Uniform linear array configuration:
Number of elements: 16
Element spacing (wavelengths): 0.75
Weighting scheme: cosine
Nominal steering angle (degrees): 30
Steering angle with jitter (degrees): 29.454
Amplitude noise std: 0.05
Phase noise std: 0.05

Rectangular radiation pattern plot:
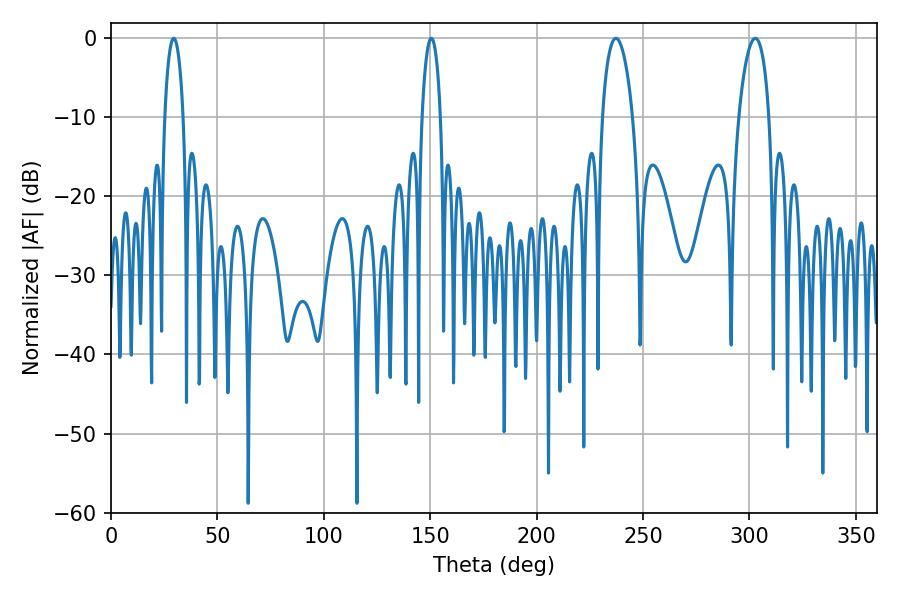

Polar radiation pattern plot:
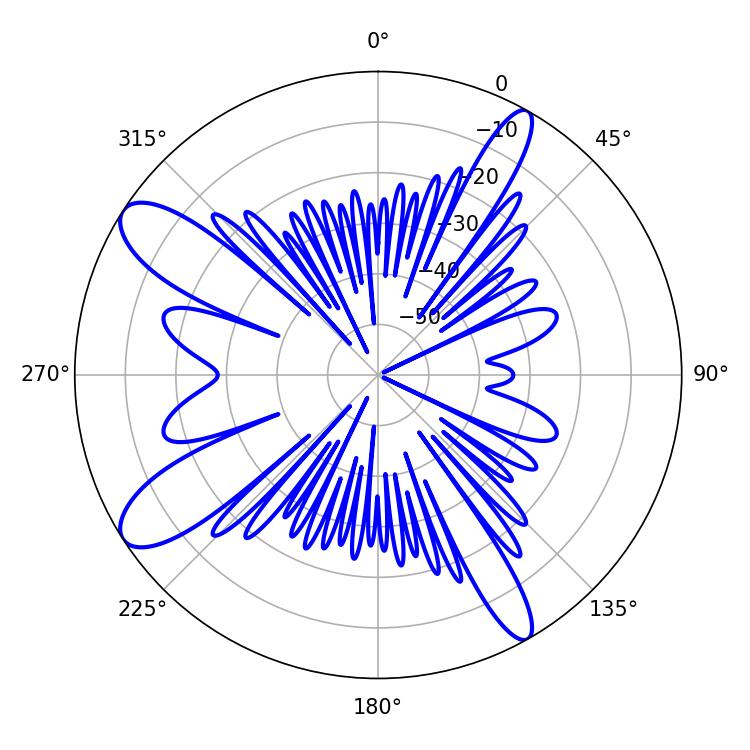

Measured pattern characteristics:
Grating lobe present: TRUE
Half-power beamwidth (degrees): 8.1
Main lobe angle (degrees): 237.24